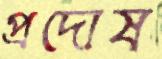
প্রদোষ